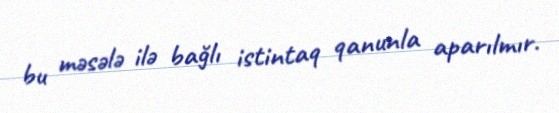
bu məsələ ilə bağlı istintaq qanunla aparılmır.